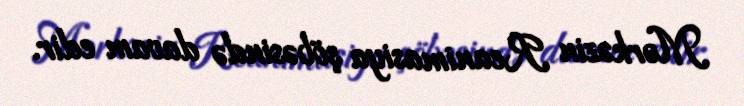
Mərkəzin Reanimasiya şöbəsində davam edir.